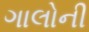
ગાલોની